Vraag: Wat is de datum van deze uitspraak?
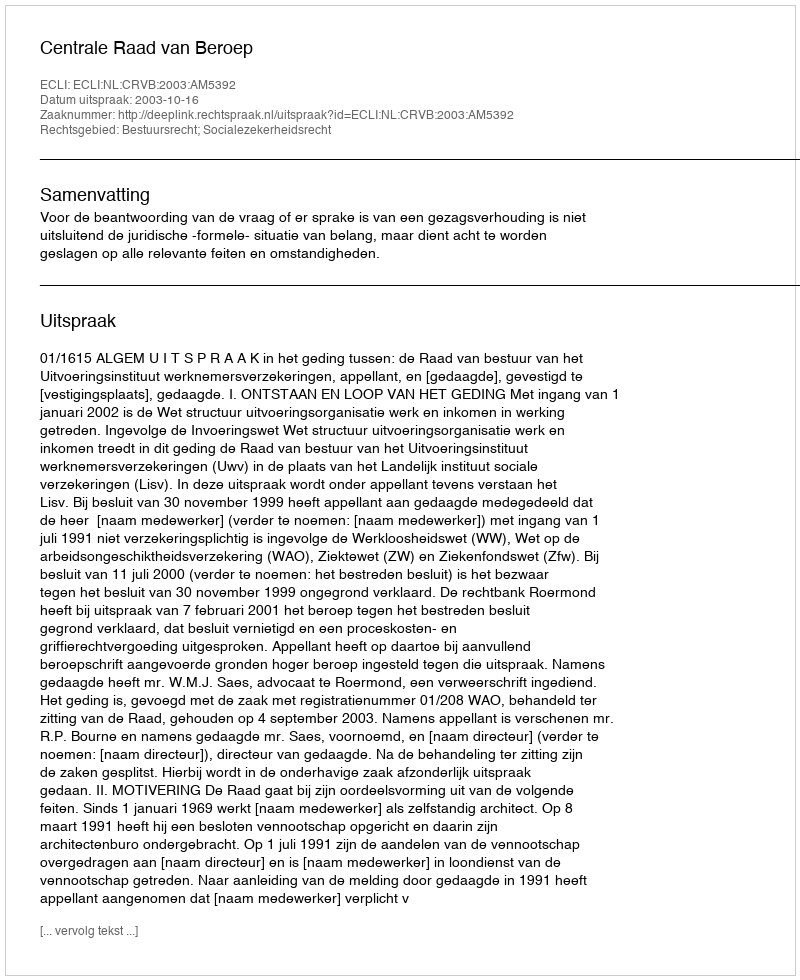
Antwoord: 2003-10-16